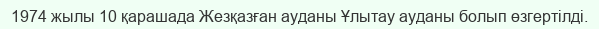
1974 жылы 10 қарашада Жезқазған ауданы Ұлытау ауданы болып өзгертілді.